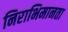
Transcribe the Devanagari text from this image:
निराभिमानता